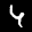
Label: 4